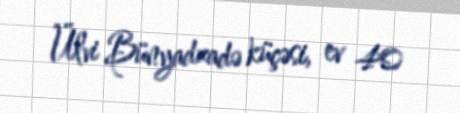
Ülvi Bünyadzadə küçəsi, ev 40